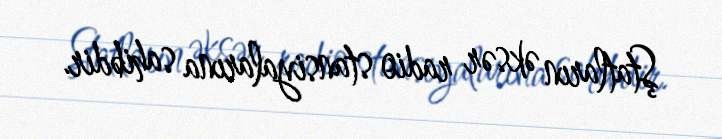
Ştatların əksər radio stansiyalarına sahibdir.